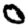
Digit: 0